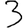
Digit: 3